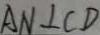
A N \bot C D